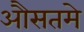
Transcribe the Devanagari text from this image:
औसतमे